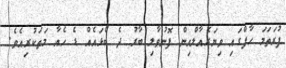
ފުރަތަމަ ހާފްގައި ވިޔަރެއާލްއިން ފޮނުވާލި ބާރު ދެ ބޯޅައެއް ޑެ ހެއާ މަތަކުރިއެވެ.